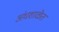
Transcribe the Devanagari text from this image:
अंधशाळेत